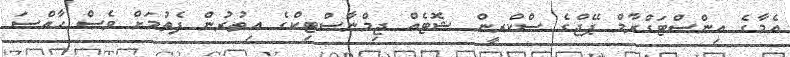
އެމާގެ އިންސްޓަގްރާމް ޕޭޖްގެ ސްކްރީން ޝޮޓެއް ޖިމްނާސްޓިކްގެ އިތުރުން ފެތުމަށް ވެސް ހާއްސަ